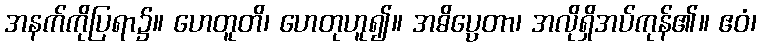
အနက်ကိုပြရာ၌။ ဟေတူတိ၊ ဟေတုဟူ၍။ အဓိပ္ပေတာ၊ အလိုရှိအပ်ကုန်၏။ ဧဝံ၊